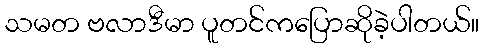
သမတ ဗလာဒီမာ ပူတင်ကပြောဆိုခဲ့ပါတယ်။